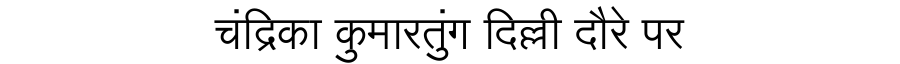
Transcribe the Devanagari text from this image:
चंद्रिका कुमारतुंग दिल्ली दौरे पर